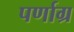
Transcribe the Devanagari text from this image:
पर्णाग्र